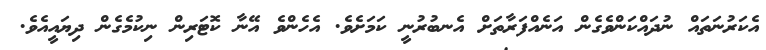
އެކަރުނަތައް ނުދައްކަންވެގެން އަނެއްފަރާތަށް އެނބުރުނީ ކަމަށެވެ. އެހެންވެ އޭނާ ކޮޓަރިން ނިކުމެގެން ދިޔައީއެވެ.